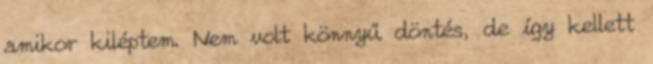
amikor kiléptem. Nem volt könnyű döntés, de így kellett